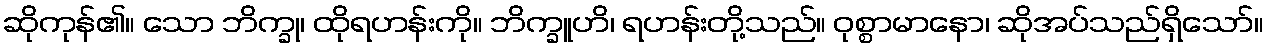
ဆိုကုန်၏။ သော ဘိက္ခု၊ ထိုရဟန်းကို။ ဘိက္ခူဟိ၊ ရဟန်းတို့သည်။ ဝုစ္စာမာနော၊ ဆိုအပ်သည်ရှိသော်။